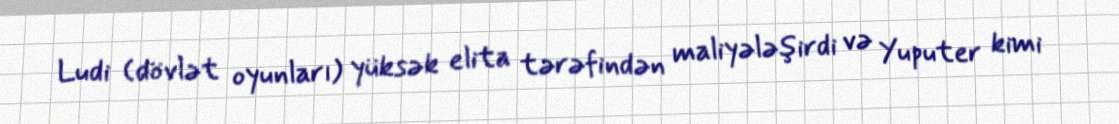
Ludi (dövlət oyunları) yüksək elita tərəfindən maliyələşirdi və Yuputer kimi